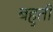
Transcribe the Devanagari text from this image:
बहुती